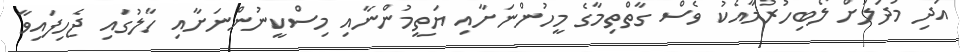
އަދި މުދަލަށް ލޯބިހުރުމާއެކު ވެސް ގާތްތިމާގެ މީހުންނަށާއި ޔަތީމުންނާއި މިސްކީނުންނަށާއި ހާލުގައި ޖެހިފައިވާ